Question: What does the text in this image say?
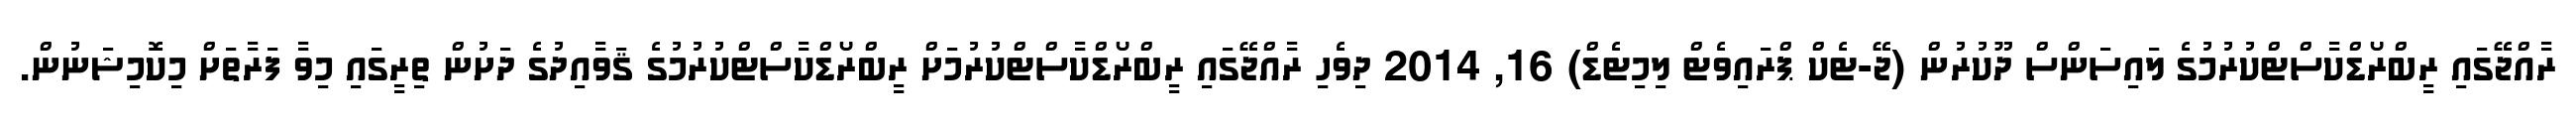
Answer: ރާއްޖޭގައި ރީބްރޯޑްކާސްޓްކުރުމުގެ ލައިސަންސް ދޫކުރުން (ޖޭ-ޓެކް ޕްރައިވެޓް ލިމިޓެޑް) 16, 2014 ދިވެހި ރާއްޖޭގައި ރީބްރޯޑްކާސްޓްކުރުމަށް ރީބްރޯޑްކާސްޓްކުރުމުގެ ޤަވާއިދުގެ ދަށުން ތިރީގައި މިވާ ފަރާތަށް މިކޮމިޝަނުން.